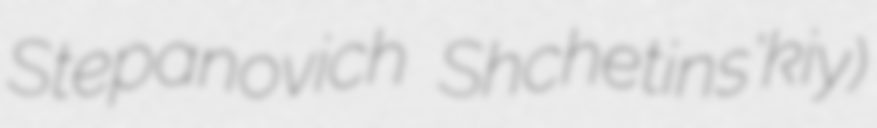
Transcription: Stepanovich Shchetins'kiy)